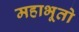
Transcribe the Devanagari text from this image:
महाभूतो